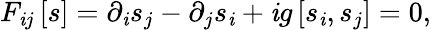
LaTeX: F_{\mathit{i}j}\left[s\right]=\partial_{\mathit{i}}s_{j}-\partial_{j}s_{\mathit{i}}+\mathit{i}g\left[s_{\mathit{i}},s_{j}\right]=0,